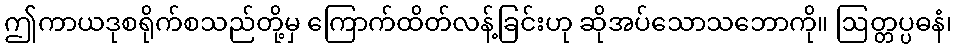
ဤကာယဒုစရိုက်စသည်တို့မှ ကြောက်ထိတ်လန့်ခြင်းဟု ဆိုအပ်သောသဘောကို။ ဩတ္တပ္ပဓနံ၊